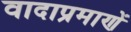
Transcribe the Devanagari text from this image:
वादाप्रमाणें